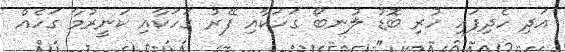
އަދި ހެދިފައި ހުރި ބޮޑު ލުނބޯ ގަހަކާއި ފޭރު ގަހަކާއި ކަނީރުމާ ގަހެއް